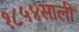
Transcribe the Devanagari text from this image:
१८५४साली